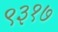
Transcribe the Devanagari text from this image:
९३१७